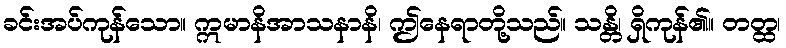
ခင်းအပ်ကုန်သော။ ဣမာနိအာသနာနိ၊ ဤနေရာတို့သည်။ သန္တိ၊ ရှိကုန်၏။ တတ္ထ၊